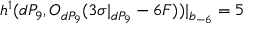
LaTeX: h ^ { 1 } ( d P _ { 9 } , { \cal O } _ { d P _ { 9 } } ( 3 \sigma | _ { d P _ { 9 } } - 6 F ) ) | _ { b _ { - 6 } } = 5